Indian Medical Review
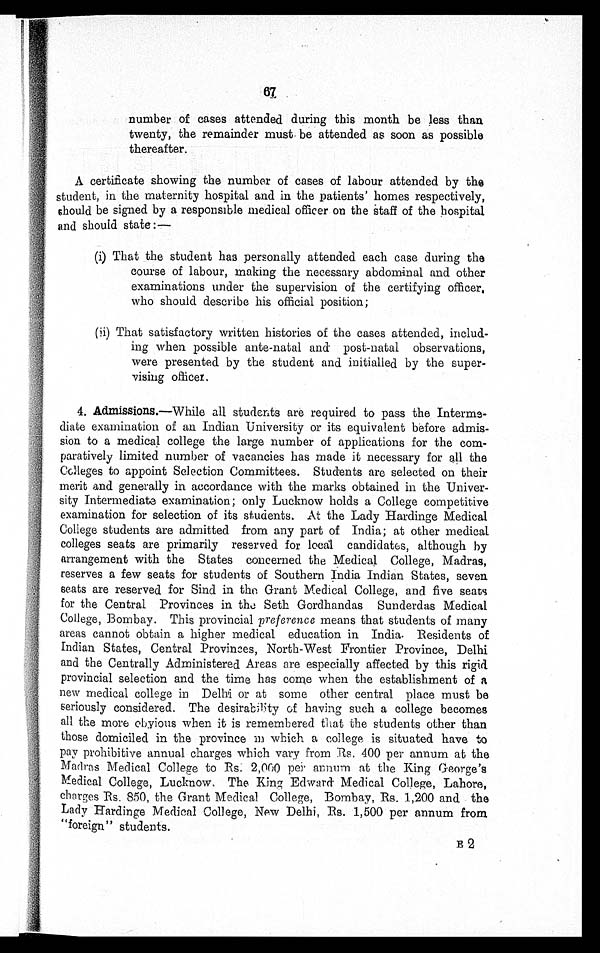
67
number of cases attended during this month be less than
twenty, the remainder must be attended as soon as possible
thereafter.
A certificate showing the number of cases of labour attended by the
student, in the maternity hospital and in the patients' homes respectively,
should he signed by a responsible medical officer on the staff of the hospital
and should state : —
(i) That the student has personally attended each case during the
course of labour, making the necessary abdominal and other
examinations under the supervision of the certifying officer
who should describe his official position;
(ii) That satisfactory written histories of the cases attended, includ-
ing when possible ante-natal and post-natal observations,
were presented by the student and initialled by the super-
vising officer.
4. Admissions.—While all students are required to pass the Interme-
diate examination of an Indian University or its equivalent before admis-
sion to a medical college the large number of applications for the com-
paratively limited number of vacancies has made it necessary for all the
Colleges to appoint Selection Committees. Students are selected on their
merit and generally in accordance with the marks obtained in the Univer-
sity Intermediate examination; only Lucknow holds a College competitive
examination for selection of its students. At the Lady Hardinge Medical
College students are admitted from any part of India; at other medical
colleges seats are primarily reserved for local candidates, although by
arrangement with the States concerned the Medical College, Madras,
reserves a few seats for students of Southern India Indian States, seven
seats are reserved for Sind in the Grant Medical College, and five seats
for the Central Provinces in the Seth Gordhandas Sunderdas Medical
College, Bombay. This provincial preference means that students of many
areas cannot obtain a higher medical education in India. Residents of
Indian States, Central Provinces, North-West Frontier Province, Delhi
and the Centrally Administered Areas are especially affected by this rigid
provincial selection and the time has come when the establishment of a
new medical college in Delhi or at some other central place must be
seriously considered. The desirability of having such a college becomes
all the more obyious when it is remembered that the students other than
those domiciled in the province in which a college, is situated have to
pay prohibitive annual charges which vary from Rs. 400 per annum at the
Madras Medical College to Rs. 2,000 per annum at the King George's
Medical College, Lucknow. The King Edward Medical College, Lahore,
charges Rs. 850, the Grant Medical College, Bombay, Rs. 1,200 and the
Lady Hardinge Medical College, New Delhi, Rs. 1,500 per annum from
" foreign" students.
•